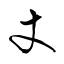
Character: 丈